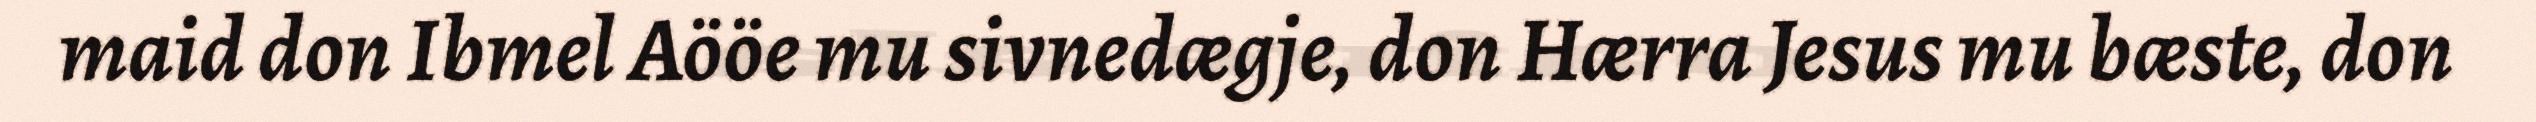
maid don Ibmel Aööe mu sivnedægje, don Hærra Jesus mu bæste, don